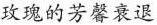
玫瑰的芳馨衰退